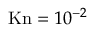
\mathrm { K n } = 1 0 ^ { - 2 }